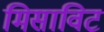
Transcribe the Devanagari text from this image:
मिसाविट